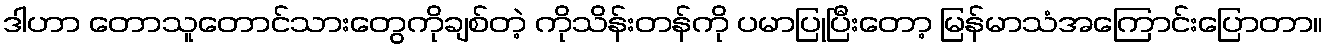
ဒါဟာ တောသူတောင်သားတွေကိုချစ်တဲ့ ကိုသိန်းတန်ကို ပမာပြုပြီးတော့ မြန်မာသံအကြောင်းပြောတာ။